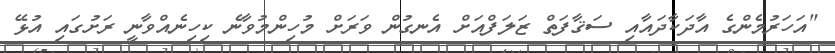
"އަހަރުމެންގެ އާދަކާދައާއި ސަޤާފަތް ޒަލަފްއަށް އެނގުން ވަރަށް މުހިންމުވާނެ ކިހިނެއްވާނީ ރަށުގައި އުޅޭ